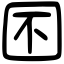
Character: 囨